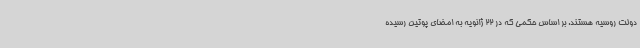
دولت روسیه هستند. بر اساس حکمی که در 22 ژانویه به امضای پوتین رسیده